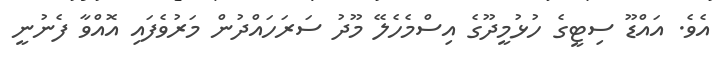
އެވެ. އައްޑޫ ސިޓީގެ ހުޅުމީދޫގެ އިސްމެހެލޭ މޫދު ސަރަހައްދުން މަރުވެފައި އޮއްވާ ފެނުނީ